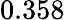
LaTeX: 0.358